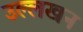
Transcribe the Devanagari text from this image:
उल्लखन